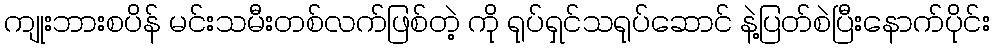
ကျုးဘားစပိန် မင်းသမီးတစ်လက်ဖြစ်တဲ့ ကို ရုပ်ရှင်သရုပ်ဆောင် နဲ့ပြတ်စဲပြီးနောက်ပိုင်း